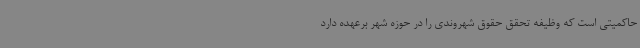
حاکمیتی است که وظیفه تحقق حقوق شهروندی را در حوزه شهر برعهده دارد